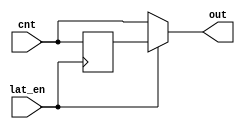
module mylatch(
	lat_en, cnt, 
	out
);

input lat_en;
input [15:0] cnt;
output [15:0] out;

reg [15:0] save;

initial save <= 16'b0;

always @ (posedge lat_en) save = cnt;

assign out = (lat_en) ? save : cnt;

endmodule